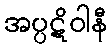
အပ္ပဋိဝါနီ